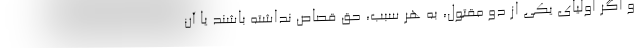
و اگر اولیای یکی از دو مقتول، به هر سبب، حق قصاص نداشته باشند یا آن